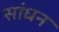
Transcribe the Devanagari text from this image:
सांधन